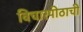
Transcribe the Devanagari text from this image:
विचारपीठाची